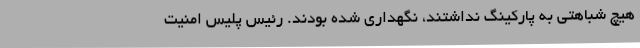
هیچ شباهتی به پارکینگ نداشتند، نگهداری شده بودند. رئیس پلیس امنیت